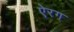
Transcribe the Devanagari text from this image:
ऐरग